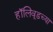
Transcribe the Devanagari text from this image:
हॉलिवूडच्या